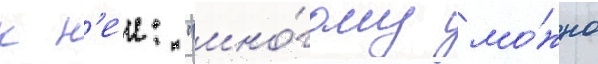
к н'еи: "мно́гому мо́жно